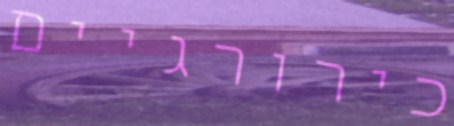
כירורגיים